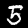
Digit: 5